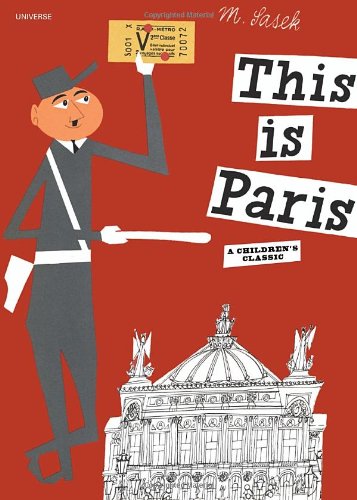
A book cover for This is Paris; Miroslav Sasek; Children's Books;